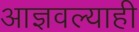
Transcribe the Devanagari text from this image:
आज्ञवल्याही